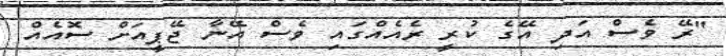
"ރޭ ވެސް އަދި އޭގެ ކުރީ ރެއެއްގައި ވެސް އޭނާ ޖޭޕީއަށް ސޮއެއް